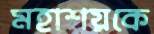
মহাশয়কে